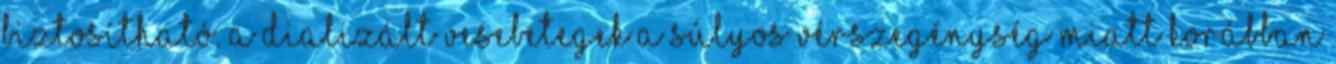
biztosítható. A dializált vesebetegek a súlyos vérszegénység miatt korábban